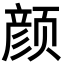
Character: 颜